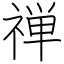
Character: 禅